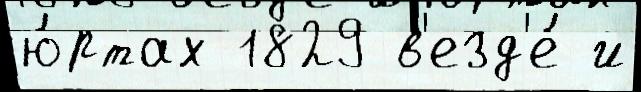
ю́ртах 1829 в'езд'е́ и